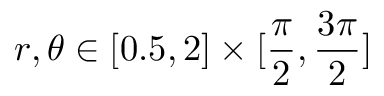
r , \theta \in [ 0 . 5 , 2 ] \times [ \frac { \pi } { 2 } , \frac { 3 \pi } { 2 } ]